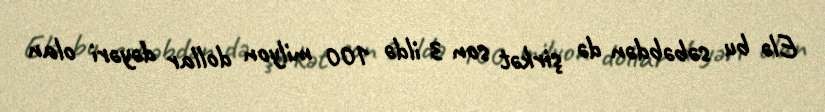
Elə bu səbəbdən də şirkət son 3 ildə 100 milyon dollar dəyəri olan